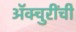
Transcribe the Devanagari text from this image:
ॲक्चुरींची